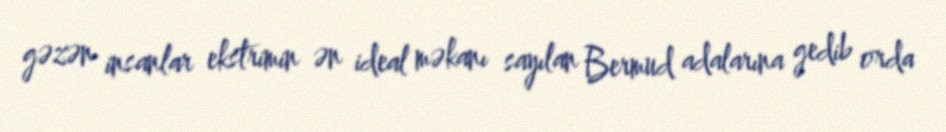
gəzən insanlar ekstrimin ən ideal məkanı sayılan Bermud adalarına gedib orda